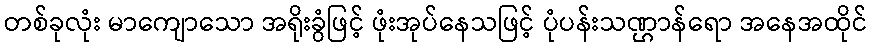
တစ်ခုလုံး မာကျောသော အရိုးခွံဖြင့် ဖုံးအုပ်နေသဖြင့် ပုံပန်းသဏ္ဌာန်ရော အနေအထိုင်